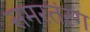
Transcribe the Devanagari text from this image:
समरतंरग